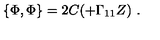
\{ \Phi , \Phi \} = 2 C ( \sl + \Gamma _ { 1 1 } Z ) \ .